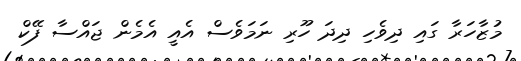
މުޒާހަރާ ގައި ދިވެހި ދިދަ ހޫރި ނަމަވެސް އެއީ އެމެން ޖައްސާ ފޭކް